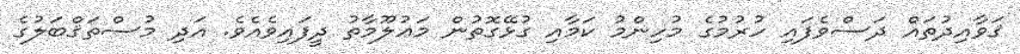
ޤަވާއިދުތައް ދަސްވެފައި ހުރުމުގެ މުހިންމު ކަމާއި ގުޅޭގޮތުން މަޢުލޫމާތު ދީފައިވެއެވެ. އަދި މުސްތަޤްބަލުގެ